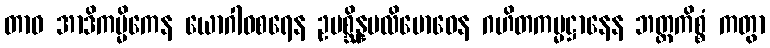
တာဝ အာဒိကမ္မိကေန ယောဂါဝစရေန ဥပစ္ဆိန္နပလိဗောဓေန ဂဟိတကမ္မဋ္ဌာနေန ဘတ္တကိစ္စံ ကတွာ